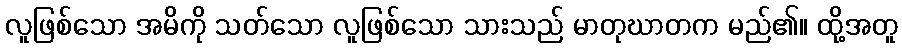
လူဖြစ်သော အမိကို သတ်သော လူဖြစ်သော သားသည် မာတုဃာတက မည်၏။ ထို့အတူ